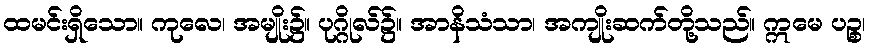
ထမင်းရှိသော။ ကုလေ၊ အမျိုး၌။ ပုဂ္ဂိုလ်၌။ အာနိသံသာ၊ အကျိုးဆက်တို့သည်။ ဣမေ ပဉ္စ၊